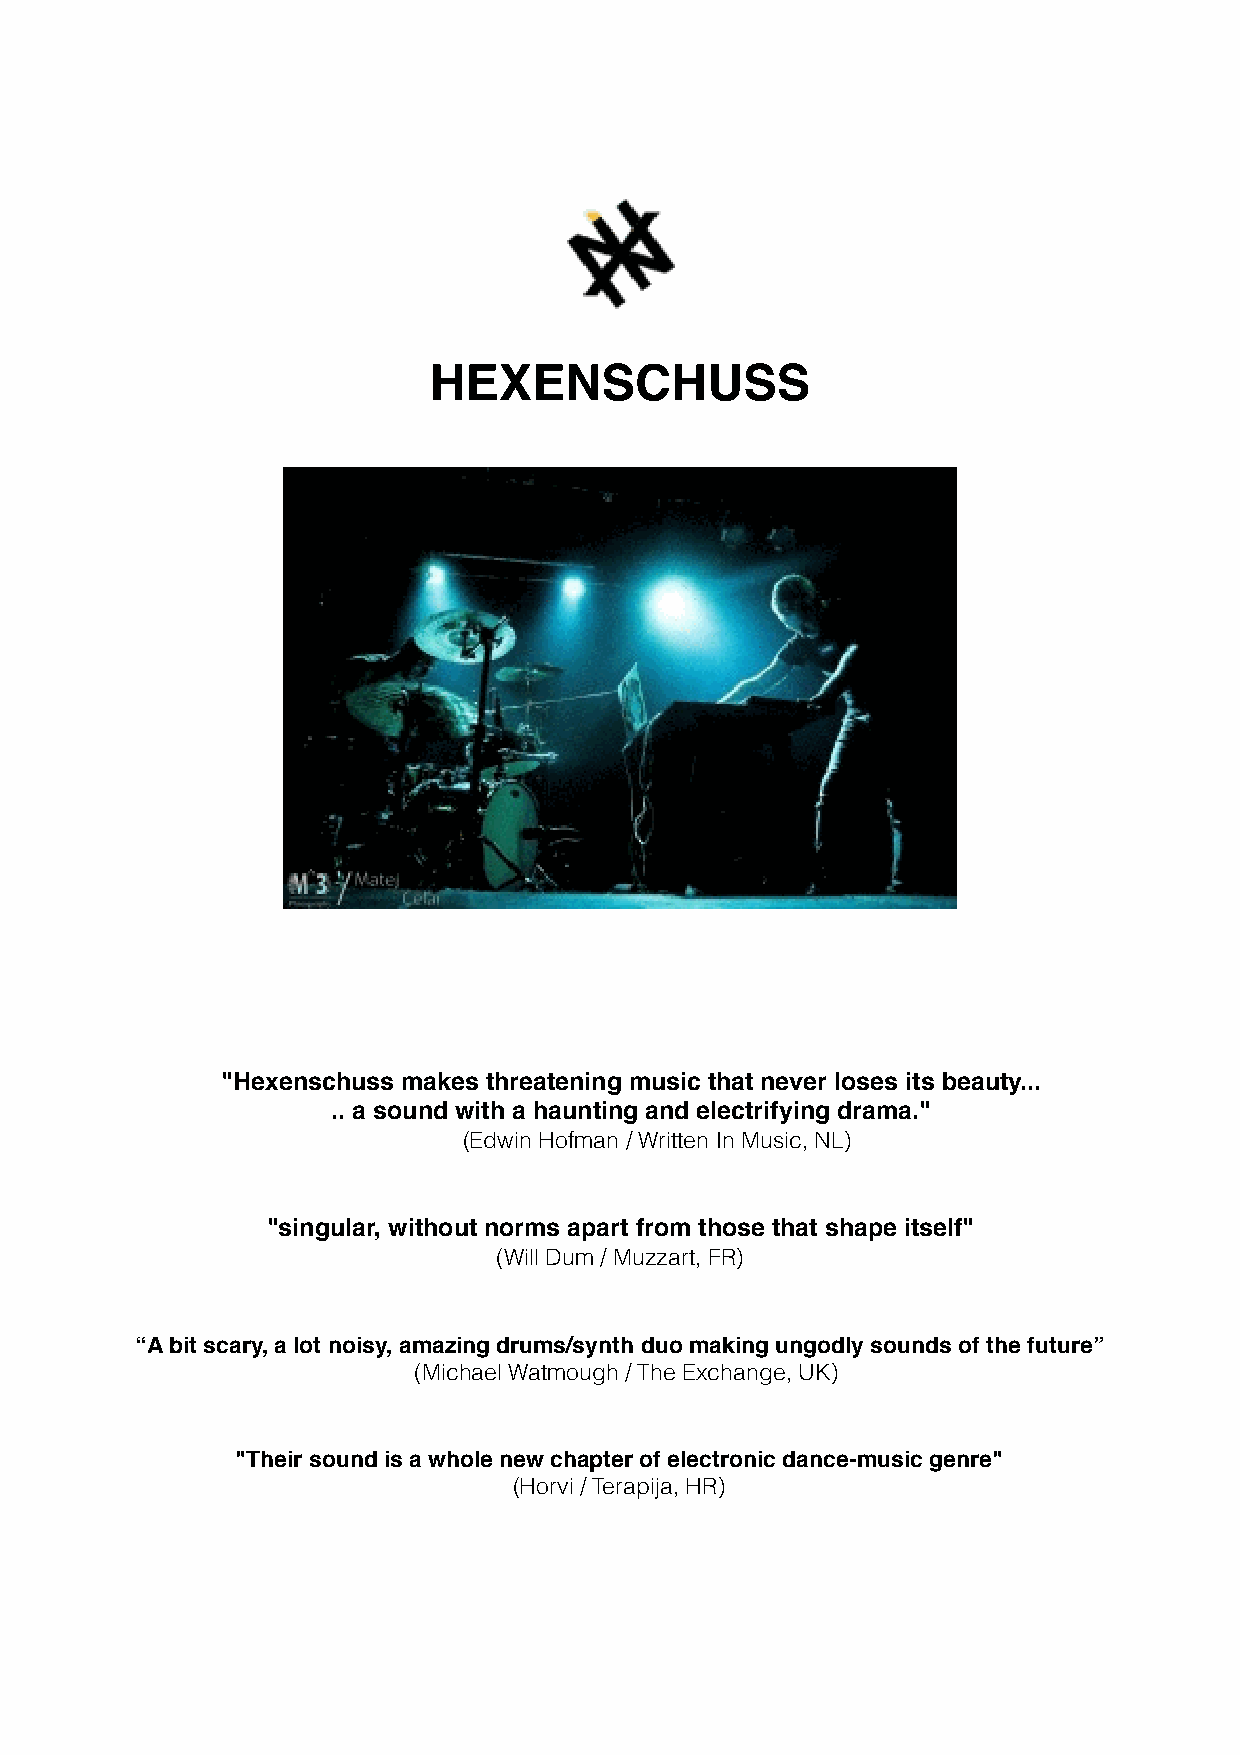

 HEXENSCHUSS
 "Hexenschuss makes threatening music that never loses its beauty...
 .. a sound with a haunting and electrifying drama."
 (Edwin Hofman / Written In Music, NL)
 "singular, without norms apart from those that shape itself"
 (Will Dum / Muzzart, FR)
 “A bit scary, a lot noisy, amazing drums/synth duo making ungodly sounds of the future”
 (Michael Watmough / The Exchange, UK)
 "Their sound is a whole new chapter of electronic dance-music genre"
 (Horvi / Terapija, HR)